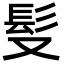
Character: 䯭